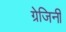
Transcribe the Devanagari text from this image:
ग्रेजिनी